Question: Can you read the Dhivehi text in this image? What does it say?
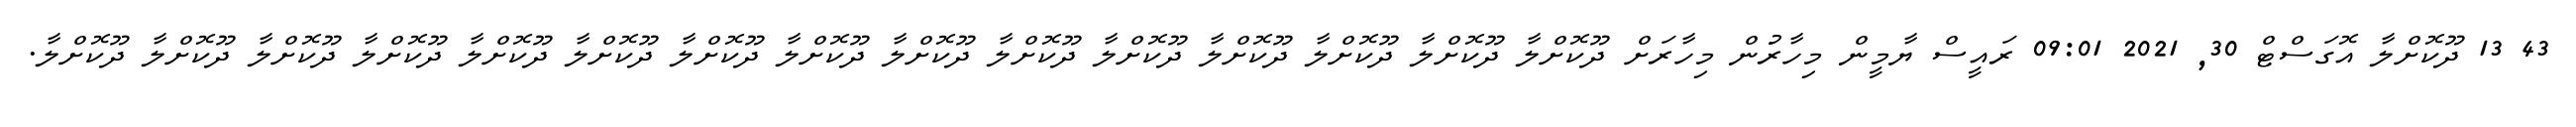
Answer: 43 13 ދޫކޮށްލާ އޮގަސްޓް 30, 2021 09:01 ރައީސް ޔާމީން މިހާރުން މިހާރަށް ދޫކޮށްލާ ދޫކޮށްލާ ދޫކޮށްލާ ދޫކޮށްލާ ދޫކޮށްލާ ދޫކޮށްލާ ދޫކޮށްލާ ދޫކޮށްލާ ދޫކޮށްލާ ދޫކޮށްލާ ދޫކޮށްލާ ދޫކޮށްލާ ދޫކޮށްލާ ދޫކޮށްލާ ދޫކޮށްލާ.